Vaccination in Bombay 1913-1923 - 1913-1923
Year: 1913
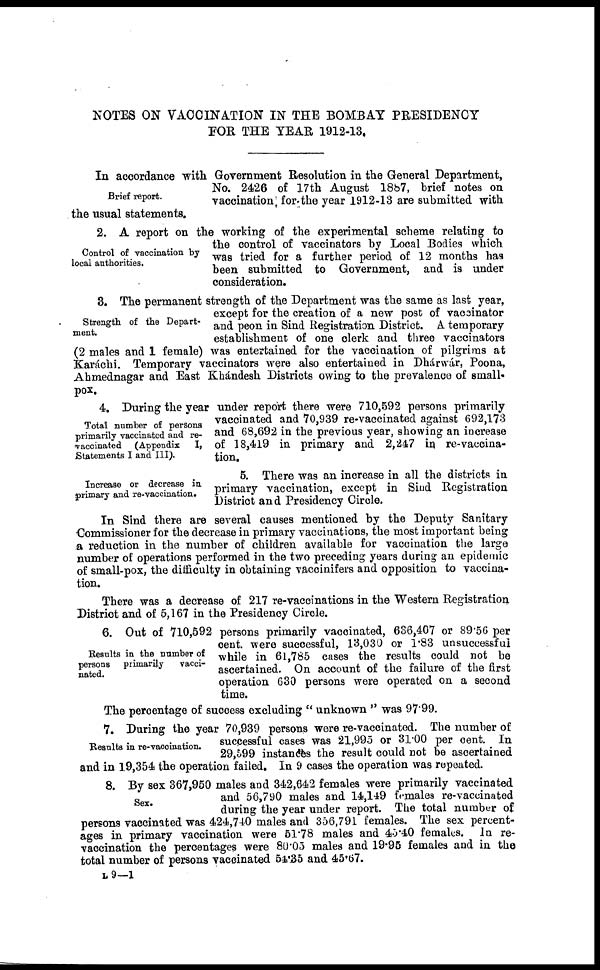
NOTES ON VACCINATION IN THE BOMBAY PRESIDENCY
FOR THE YEAR 1912-13,
Brief report.
In accordance with Government Resolution in the General Department,
No. 2426 of 17th August 1887, brief notes on
vaccination for the year 1912-13 are submitted with
the usual statements.
Control of vaccination by
local authorities.
2. A report on the working of the experimental scheme relating to
the control of vaccinators by Local Bodies which
was tried for a further period of 12 months has
been submitted to Government, and is under
consideration.
Strength of the Depart-
ment.
3. The permanent strength of the Department was the same as last year,
except for the creation of a new post of vaccinator
and peon in Sind Registration District. A. temporary
establishment of one clerk and three vaccinators
(2 males and 1 female) was entertained for the vaccination of pilgrims at
Karáchi. Temporary vaccinators were also entertained in Dhárwár, Poona,
Ahmednagar and East Khándesh Districts owing to the prevalence of small-
pox.
Total number of persons
primarily vaccinated and re-
vaccinated (Appendix
I,
Statements I and III).
4. During the year under report there were 710,592 persons primarily
vaccinated and 70,939 re-vaccinated against 692,173
and 68,692 in the previous year, showing an increase
of 18,419 in primary and 2,247 in re-vaccina-
tion.
Increase or decrease in
primary and re-vaccination.
5. There was an increase in all the districts in
primary vaccination, except in Sind Registration
District and Presidency Circle.
In Sind there are several causes mentioned by the Deputy Sanitary
Commissioner for the decrease in primary vaccinations, the most important being
a reduction in the number of children available for vaccination the large
number of operations performed in the two preceding years during an epidemic
of small-pox, the difficulty in obtaining vaccinifers and opposition to vaccina-
tion.
There was a decrease of 217 re-vaccinations in the Western Registration
District and of 5,167 in the Presidency Circle.
Results in the number of
persons primarily
vacci-
nated.
6. Out of 710,592 persons primarily vaccinated, 636,407 or 89.56 per
cent. were successful, 13,030 or 1.83 unsuccessful
while in 61,785 cases the results could not be
ascertained. On account of the failure of the first
operation 630 persons were operated on a second
time.
The percentage of success excluding "unknown" was 97.99.
Results in re-vaccination.
7. During the year 70,939 persons were re-vaccinated. The number of
successful cases was 21,995 or 31.00 per cent. In
29,599 instances the result could not be ascertained
and in 19,354 the operation failed. In 9 cases the operation was repeated.
Sex.
8. By sex 367,950 males and 342,642 females were primarily vaccinated
and 56,790 males and 14,149 females re-vaccinated
during the year under report. The total number of
persons vaccinated was 424,740 males and 356,791 females. The sex percent-
ages in primary vaccination were 51.78 males and 45.40 females. In re-
vaccination the percentages were 80.05 males and 19.95 females and in the
total number of persons vaccinated 54.35 and 45.67.
L 9—1